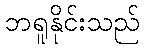
ဘရူနိုင်းသည်